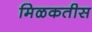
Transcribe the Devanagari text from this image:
मिळकतीस